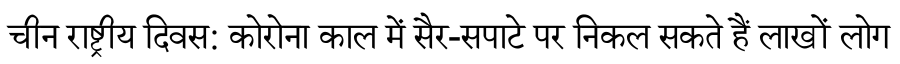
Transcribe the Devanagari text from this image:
चीन राष्ट्रीय दिवस: कोरोना काल में सैर-सपाटे पर निकल सकते हैं लाखों लोग